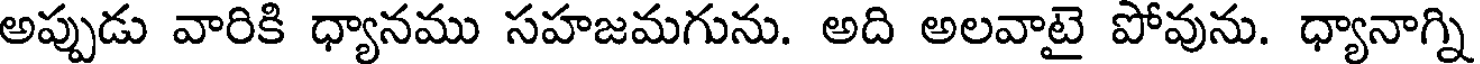
అప్పుడు వారికి ధ్యానము సహజమగును. అది అలవాటై పోవును. ధ్యానాగ్ని